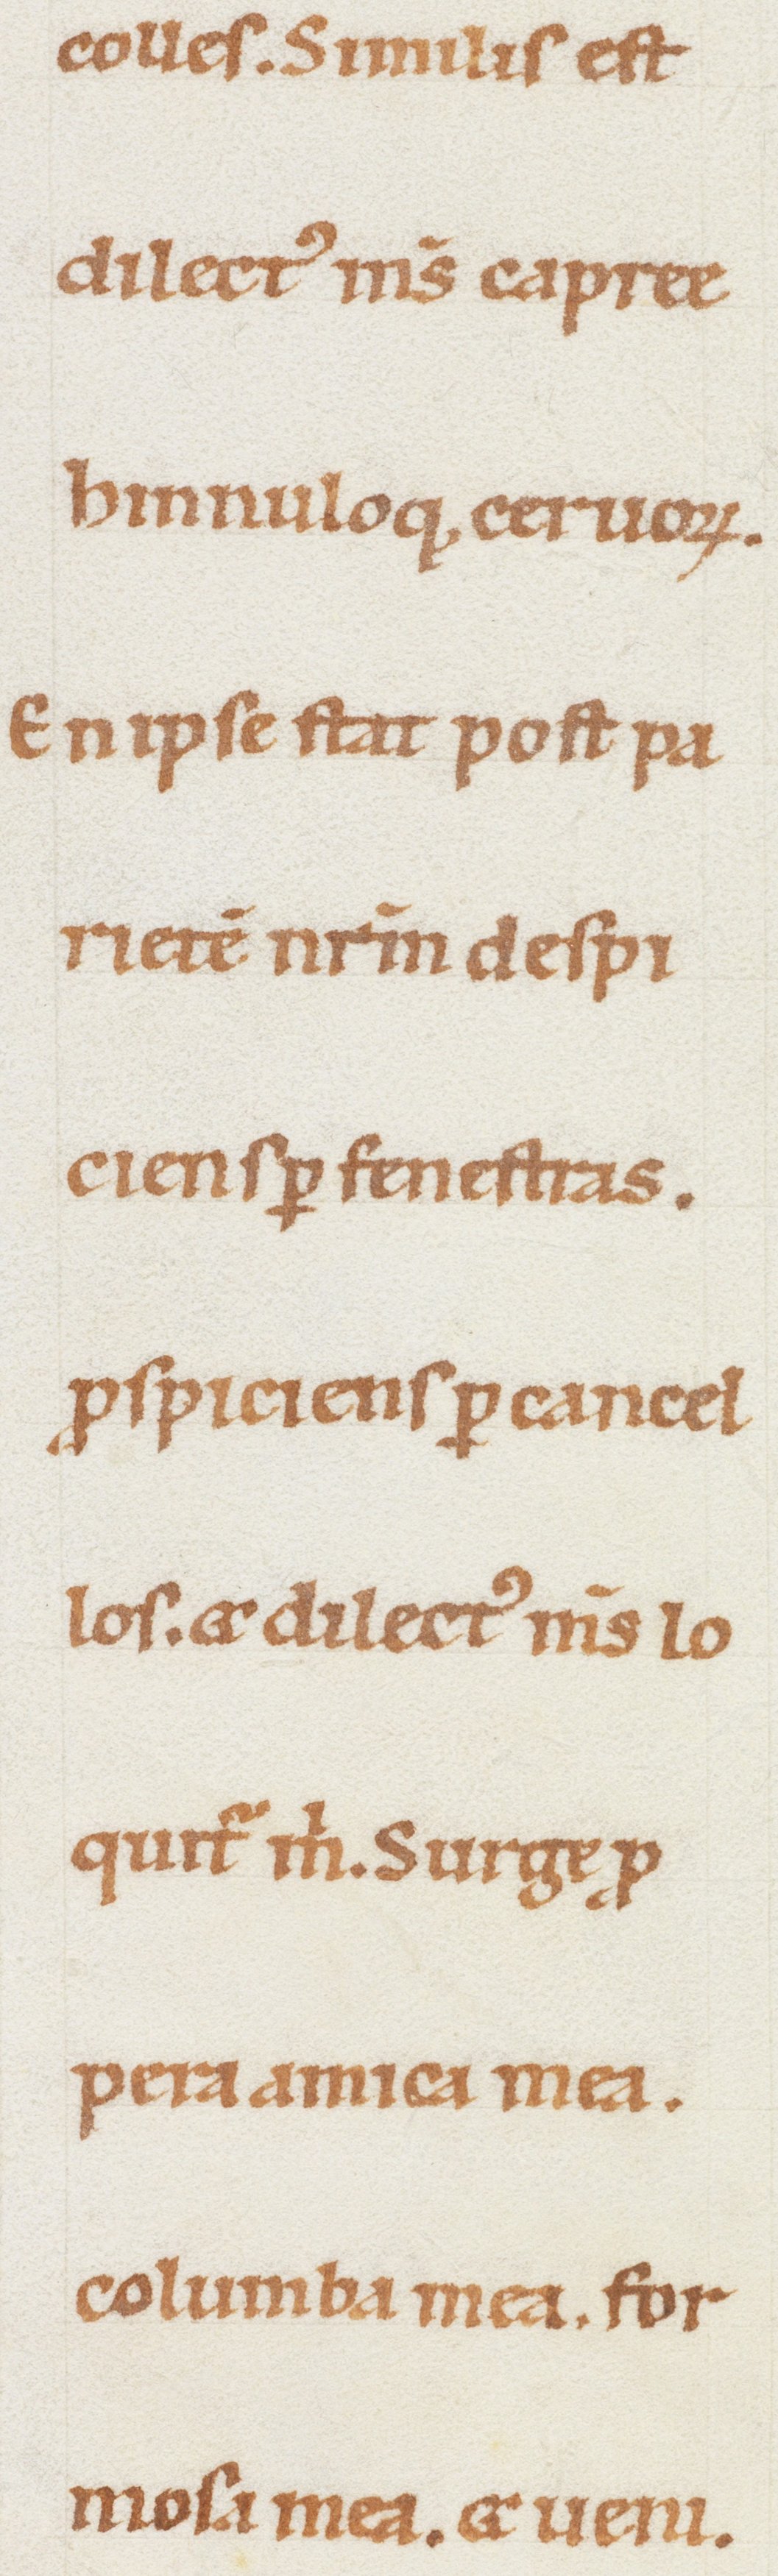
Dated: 1100–1199